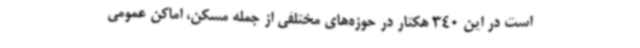
است در این 340 هکتار در حوزه‌های مختلفی از جمله مسکن، اماکن عمومی